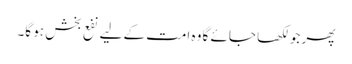
پھر جو لکھا جائے گا وہ امت کے لیے نفع بخش ہو گا۔